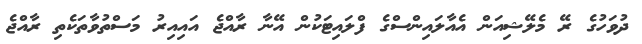
ދުވަހުގެ ރޭ މެލޭޝިއަން އެއާލައިންސްގެ ފްލައިޓަކުން އޭނާ ރާއްޖެ އައިއިރު މަސްތުވާތަކެތި ރާއްޖެ